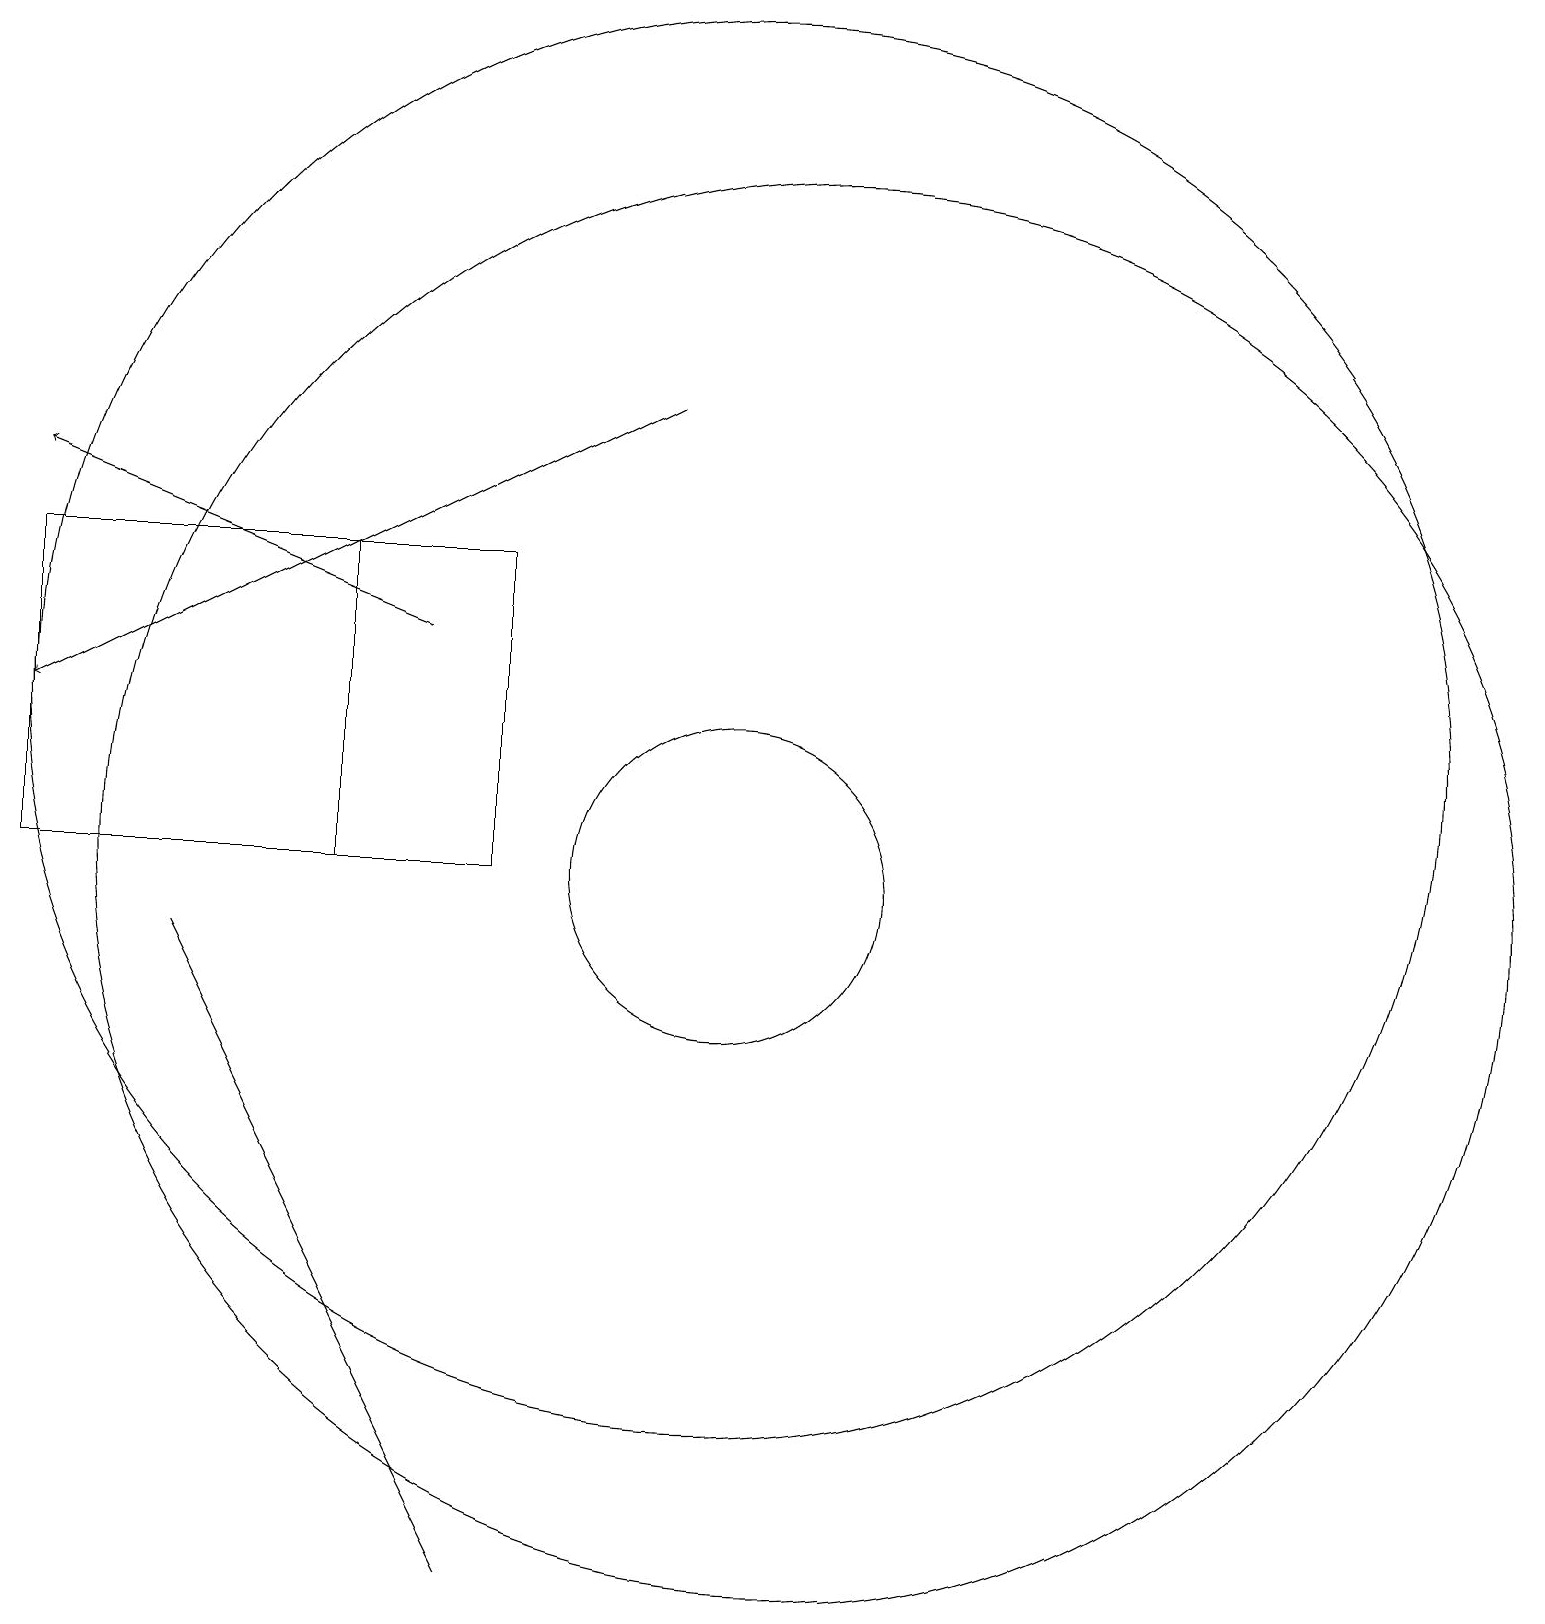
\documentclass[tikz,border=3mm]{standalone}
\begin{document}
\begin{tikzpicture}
\draw (10,12) circle (9);
\draw (10,10) circle (2);
\draw (7,10) rectangle (1,14);
\draw (11,10) circle (9);
\draw (1,14) rectangle (5,10);
\draw[->] (9,16) -- (1,12);
\draw (3,9) -- (6,3) -- (7,1) -- cycle;
\draw[->] (6,13) -- (1,15);
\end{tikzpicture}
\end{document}